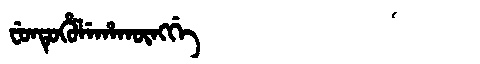
Manchu: ᠸᡠᠨᡨᡠᡥᡠᠯᡝᡥᠠᡴᡡᠩᡤᡝ
Romanization: FUNTUHULEHAKŪNGGE